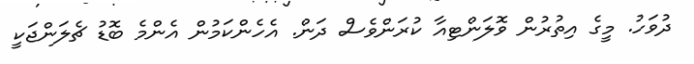
ދުވަހު. މީގެ އިތުރުން ވޮލަންޓިއާ ކުރަންވެސް ދަން. އެހެންކަމުން އެންމެ ބޮޑު ޗެލަންޖަކީ